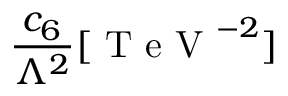
\frac { c _ { 6 } } { \Lambda ^ { 2 } } [ \mathrm { ~ T ~ e ~ V ~ } ^ { - 2 } ]